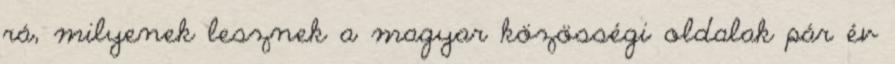
rá, milyenek lesznek a magyar közösségi oldalak pár év